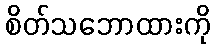
စိတ်သဘောထားကို